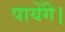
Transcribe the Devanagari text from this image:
पायेँगे।